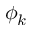
\phi _ { k }